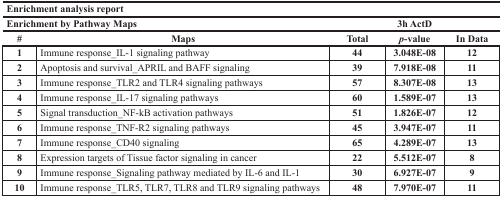
<table><thead><tr><td colspan="5"><b>Enrichment analysis report</b></td></tr><tr><td colspan="2"><b>Enrichment by Pathway Maps</b></td><td colspan="3"><b>3h ActD</b></td></tr><tr><td><b>#</b></td><td><b>Maps</b></td><td><b>Total</b></td><td><b><i>p</i> - value</b></td><td><b>In Data</b></td></tr></thead><tbody><tr><td><b>1</b></td><td>Immune response_IL-1 signaling pathway</td><td><b>44</b></td><td><b>3.048E-08</b></td><td><b>12</b></td></tr><tr><td><b>2</b></td><td>Apoptosis and survival_APRIL and BAFF signaling</td><td><b>39</b></td><td><b>7.918E-08</b></td><td><b>11</b></td></tr><tr><td><b>3</b></td><td>Immune response_TLR2 and TLR4 signaling pathways</td><td><b>57</b></td><td><b>8.307E-08</b></td><td><b>13</b></td></tr><tr><td><b>4</b></td><td>Immune response_IL-17 signaling pathways</td><td><b>60</b></td><td><b>1.589E-07</b></td><td><b>13</b></td></tr><tr><td><b>5</b></td><td>Signal transduction_NF-kB activation pathways</td><td><b>51</b></td><td><b>1.826E-07</b></td><td><b>12</b></td></tr><tr><td><b>6</b></td><td>Immune response_TNF-R2 signaling pathways</td><td><b>45</b></td><td><b>3.947E-07</b></td><td><b>11</b></td></tr><tr><td><b>7</b></td><td>Immune response_CD40 signaling</td><td><b>65</b></td><td><b>4.289E-07</b></td><td><b>13</b></td></tr><tr><td><b>8</b></td><td>Expression targets of Tissue factor signaling in cancer</td><td><b>22</b></td><td><b>5.512E-07</b></td><td><b>8</b></td></tr><tr><td><b>9</b></td><td>Immune response_Signaling pathway mediated by IL-6 and IL-1</td><td><b>30</b></td><td><b>6.927E-07</b></td><td><b>9</b></td></tr><tr><td><b>10</b></td><td>Immune response_TLR5, TLR7, TLR8 and TLR9 signaling pathways</td><td><b>48</b></td><td><b>7.970E-07</b></td><td><b>11</b></td></tr></tbody></table>